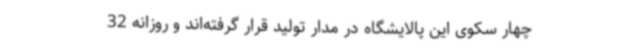
چهار سکوی این پالایشگاه در مدار تولید قرار گرفته‌اند و روزانه 32